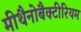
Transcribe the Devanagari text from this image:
मीथैनोबैक्टीरियम